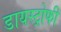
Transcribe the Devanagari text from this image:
डायस्ट्रोफी